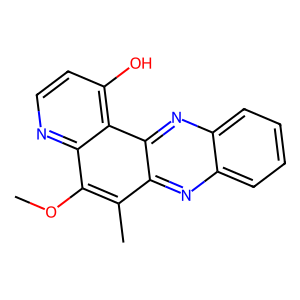
SMILES: COc1c(C)c2nc3ccccc3nc2c2c(O)ccnc12
Inhibits HIV replication: No